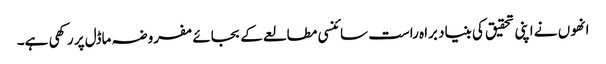
انھوں نے اپنی تحقیق کی بنیاد براہ راست سائنسی مطالعے کے بجائے مفروضہ ماڈل پر رکھی ہے۔